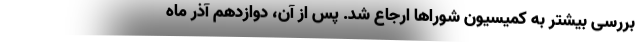
بررسی بیشتر به کمیسیون شوراها ارجاع شد. پس از آن، دوازدهم آذر ماه